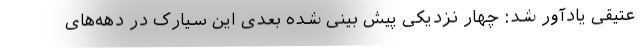
عتیقی یادآور شد: چهار نزدیکی پیش بینی شده بعدی این سیارک در دهه‌های